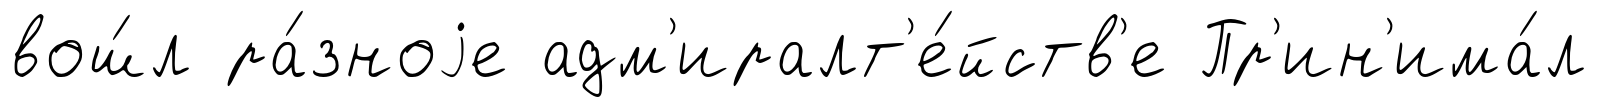
вош́л ра́зноjе адм'иралт'е́йств'е Пр'ин'има́л